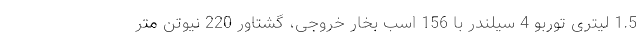
1.5 لیتری توربو 4 سیلندر با 156 اسب بخار خروجی، گشتاور 220 نیوتن متر